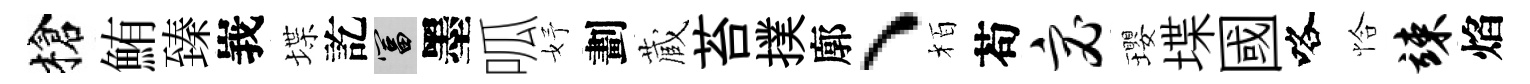
槍鮪臻峩堞訖富墨呱妤劃蔵苔撲廓、栢苟宓瓔堞國咯恰竦焰